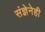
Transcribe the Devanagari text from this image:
संज्ञेनेही